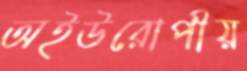
অইউরোপীয়